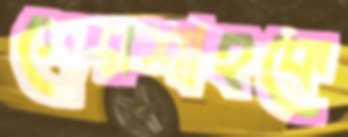
শেরশাহকে